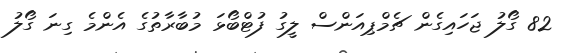
82 ގޯލު ޖަހައިގެން ޗެމްޕިއަންސް ލީގު ފުޓްބޯޅަ މުބާރާތުގެ އެންމެ ގިނަ ގޯލު